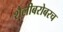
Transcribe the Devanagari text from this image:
शैलीबरोबरच